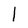
Character: l